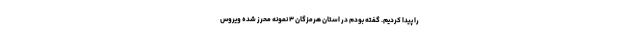
را پیدا کردیم. گفته بودم در استان هرمزگان ۳ نمونه محرز شده ویروس